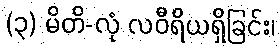
(၃) မိတိ-လုံ လဝီရိယရှိခြင်း၊